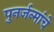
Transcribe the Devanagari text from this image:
पुनर्जन्मांचे